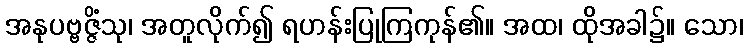
အနုပဗ္ဗဇ္ဇိံသု၊ အတူလိုက်၍ ရဟန်းပြုကြကုန်၏။ အထ၊ ထိုအခါ၌။ သော၊